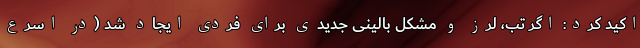
اکید کرد: اگر تب، لرز و مشکل بالینی جدیدی برای فردی ایجاد شد (در اسرع